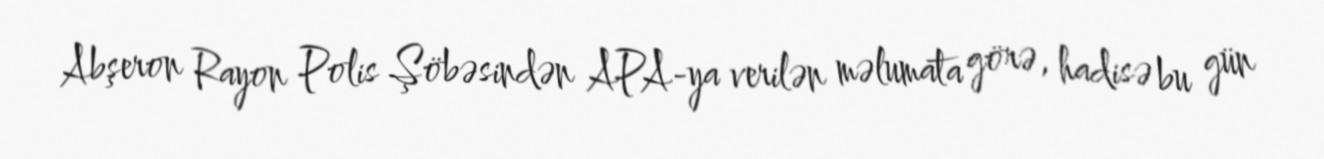
Abşeron Rayon Polis Şöbəsindən APA-ya verilən məlumata görə, hadisə bu gün